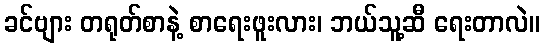
ခင်ဗျား တရုတ်စာနဲ့ စာရေးဖူးလား၊ ဘယ်သူ့ဆီ ရေးတာလဲ။